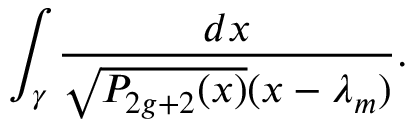
\int _ { \gamma } { \frac { d x } { \sqrt { P _ { 2 g + 2 } ( x ) } ( x - \lambda _ { m } ) } } .